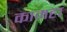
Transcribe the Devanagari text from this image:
कामहा